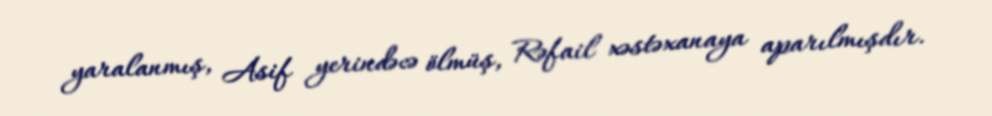
yaralanmış, Asif yerindəcə ölmüş, Rəfail xəstəxanaya aparılmışdır.